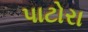
પાટોરા